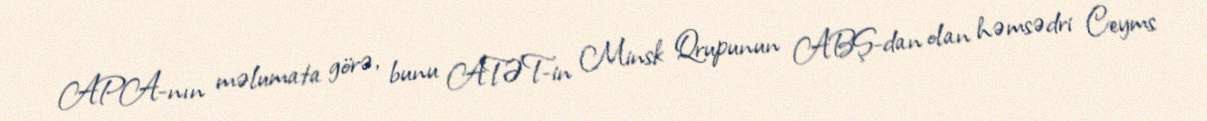
APA-nın məlumata görə, bunu ATƏT-in Minsk Qrupunun ABŞ-dan olan həmsədri Ceyms